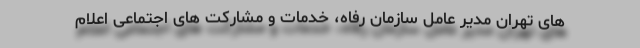
های تهران مدیر عامل سازمان رفاه، خدمات و مشارکت های اجتماعی اعلام